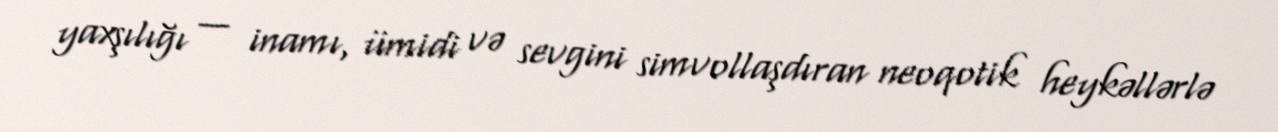
yaxşılığı — inamı, ümidi və sevgini simvollaşdıran neoqotik heykəllərlə